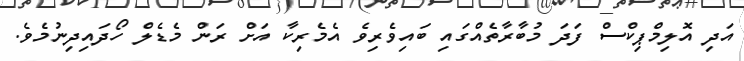
އަދި އޮލިމްޕިކްސް ފަދަ މުބާރާތެއްގައި ބައިވެރިވެ އެމެރިކާ އަށް ރަން މެޑެލް ހޯދައިދިނުމެވެ.